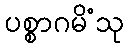
ပစ္စာဂမိံသု